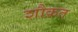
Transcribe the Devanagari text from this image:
शौक़त